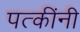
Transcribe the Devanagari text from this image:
पत्कींनी